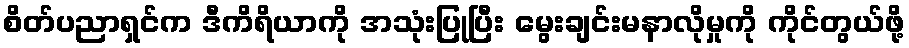
စိတ်ပညာရှင်က ဒီကိရိယာကို အသုံးပြုပြီး မွေးချင်းမနာလိုမှုကို ကိုင်တွယ်ဖို့